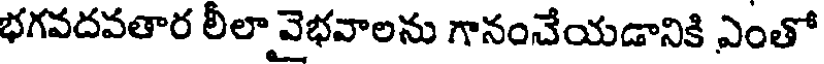
భగవదవతార లీలా వైభవాలను గానంచేయడానికి ఎంతో